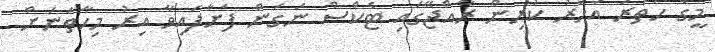
މީގެ ހަަތަރު އަހަރު ކުރިން ރާއްޖޭގައި ޓެކްސް ނަގަން ފަށާފައިވާ އިރު މިހާތަނަށް